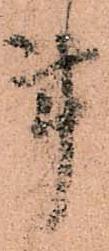
事